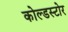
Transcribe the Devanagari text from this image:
कोल्डस्टोर